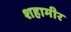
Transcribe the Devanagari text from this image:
शहामीर